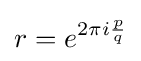
r=e^{2\pi i{\frac {p}{q}}}